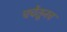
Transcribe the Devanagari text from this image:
चर्चेतूनच